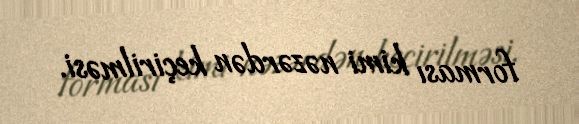
forması kimi nəzərdən keçirilməsi.